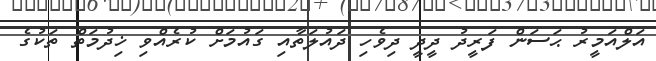
އަލްއަމީރު ޙަސަން ފަރީދު ދީދީ ދިވެހި ދައުލަތާއި ގައުމަށް ކުރެއްވި ޚިދުމަތް ތަކުގެ